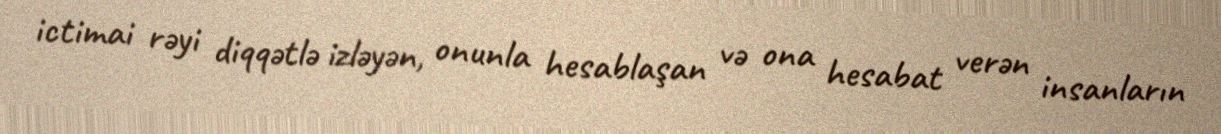
ictimai rəyi diqqətlə izləyən, onunla hesablaşan və ona hesabat verən insanların